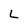
Character: L